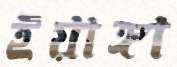
ইয়াঙ্গা